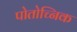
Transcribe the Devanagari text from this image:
पोतोच्निक